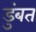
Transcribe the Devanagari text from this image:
डुंबत